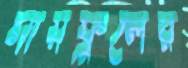
সায়ফুলের